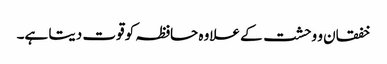
خفقان و وحشت کے علاوہ حافظہ کو قوت دیتا ہے۔